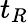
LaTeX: t_{R}